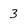
Character: 3